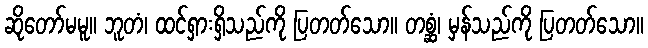
ဆိုတော်မမူ။ ဘူတံ၊ ထင်ရှားရှိသည်ကို ပြတတ်သော။ တစ္ဆံ၊ မှန်သည်ကို ပြတတ်သော။